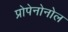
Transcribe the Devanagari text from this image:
प्रोपेनोनोल